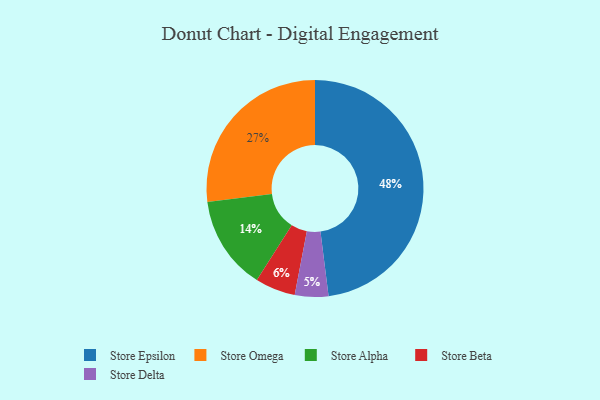
{"axis": {"x": "Category", "y": "Percentage"}, "legend": ["Store Alpha", "Store Beta", "Store Delta", "Store Epsilon", "Store Omega"], "data": [{"x": "Store Delta", "y": 5, "type": "Store Delta"}, {"x": "Store Epsilon", "y": 48, "type": "Store Epsilon"}, {"x": "Store Beta", "y": 6, "type": "Store Beta"}, {"x": "Store Omega", "y": 27, "type": "Store Omega"}, {"x": "Store Alpha", "y": 14, "type": "Store Alpha"}]}